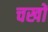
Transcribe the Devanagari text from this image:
चखों